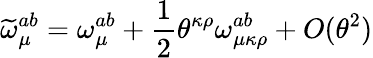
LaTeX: \widetilde{\omega}_{\mu}^{ab}=\omega_{\mu}^{ab}+\frac{1}{2}\theta^{\kappa\rho}\omega_{\mu\kappa\rho}^{ab}+O(\theta^{2})